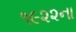
૧૯૨૨ના